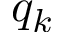
q _ { k }